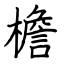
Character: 檐